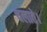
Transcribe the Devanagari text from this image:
चलाते।